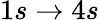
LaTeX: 1s\to 4s